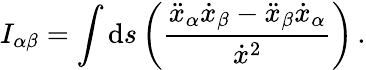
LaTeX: I_{\alpha\beta}=\int\mathrm{d}s\left(\frac{{\ddot{{x}}_{\alpha}\dot{{x}}_{\beta}-\ddot{{x}}_{\beta}\dot{{x}}_{\alpha}}}{{\dot{{x}}^{2}}}\right)\, .